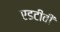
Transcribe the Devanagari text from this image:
एडटीवी